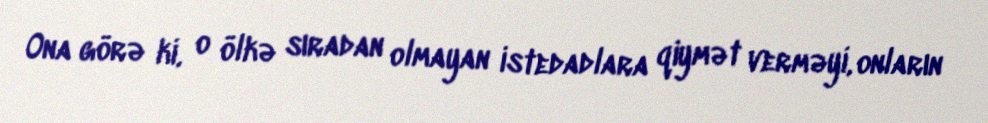
Ona görə ki, o ölkə sıradan olmayan istedadlara qiymət verməyi, onların